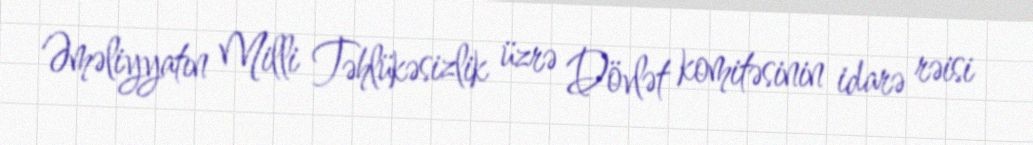
Əməliyyatın Milli Təhlükəsizlik üzrə Dövlət komitəsinin idarə rəisi